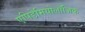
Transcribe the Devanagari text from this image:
एपिडेमियोलॉजिक